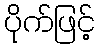
ပိုက်ဖြင့်